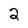
Character: 2